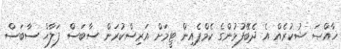
ޚާއްޞަ ޝުކުރެއް އެ ދެބޭފުޅުންގެ ކެމްޕެއިން ޓީމަށް އަރިސްކުރަން ސާބަސް ފަލާޙް ސާބަސް